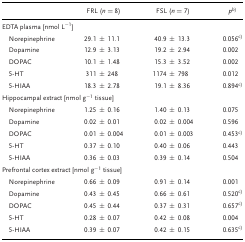
<table><thead><tr><td></td><td><b>FRL (<i>n</i> = 8)</b></td><td><b>FSL (<i>n</i> = 7)</b></td><td><b><i>p</i>b</b></td></tr></thead><tbody><tr><td colspan="4">EDTA plasma [nmol L<sup>−1</sup>]</td></tr><tr><td>Norepinephrine</td><td>29.1 ± 11.1</td><td>40.9 ± 13.3</td><td>0.056c</td></tr><tr><td>Dopamine</td><td>12.9 ± 3.13</td><td>19.2 ± 2.94</td><td>0.002</td></tr><tr><td>DOPAC</td><td>10.1 ± 1.48</td><td>15.3 ± 3.52</td><td>0.002</td></tr><tr><td>5‐HT</td><td>311 ± 248</td><td>1174 ± 798</td><td>0.012</td></tr><tr><td>5‐HIAA</td><td>18.3 ± 2.78</td><td>19.1 ± 8.36</td><td>0.894c</td></tr><tr><td colspan="4">Hippocampal extract [nmol g<sup>−1</sup> tissue]</td></tr><tr><td>Norepinephrine</td><td>1.25 ± 0.16</td><td>1.40 ± 0.13</td><td>0.075</td></tr><tr><td>Dopamine</td><td>0.02 ± 0.01</td><td>0.02 ± 0.004</td><td>0.596</td></tr><tr><td>DOPAC</td><td>0.01 ± 0.004</td><td>0.01 ± 0.003</td><td>0.453c</td></tr><tr><td>5‐HT</td><td>0.37 ± 0.10</td><td>0.40 ± 0.06</td><td>0.443</td></tr><tr><td>5‐HIAA</td><td>0.36 ± 0.03</td><td>0.39 ± 0.14</td><td>0.504</td></tr><tr><td colspan="4">Prefrontal cortex extract [nmol g<sup>−1</sup> tissue]</td></tr><tr><td>Norepinephrine</td><td>0.66 ± 0.09</td><td>0.91 ± 0.14</td><td>0.001</td></tr><tr><td>Dopamine</td><td>0.43 ± 0.45</td><td>0.66 ± 0.61</td><td>0.520c</td></tr><tr><td>DOPAC</td><td>0.45 ± 0.44</td><td>0.37 ± 0.31</td><td>0.657c</td></tr><tr><td>5‐HT</td><td>0.28 ± 0.07</td><td>0.42 ± 0.08</td><td>0.004</td></tr><tr><td>5‐HIAA</td><td>0.39 ± 0.07</td><td>0.42 ± 0.15</td><td>0.635c</td></tr></tbody></table>